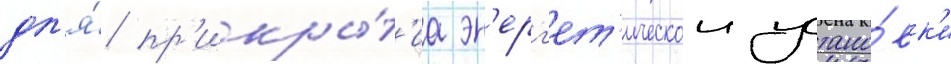
дл'я́ пр'икры́т'иа эн'ерг'ет'ическои устано́вк'и